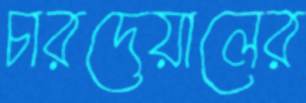
চারদেয়ালের